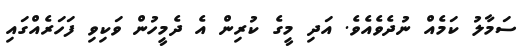
ސަމާލު ކަމެއް ނުދެވެއެވެ. އަދި މީގެ ކުރިން އެ ދެމީހުން ވަކިވި ފަހަރެއްގައި